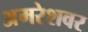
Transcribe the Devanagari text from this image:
अमरेशवर